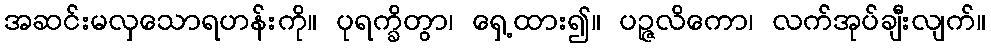
အဆင်းမလှသောရဟန်းကို။ ပုရက္ခိတွာ၊ ရှေ့ထား၍။ ပဉ္ဇလိကော၊ လက်အုပ်ချီးလျက်။